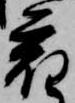
宿